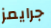
جرايمز